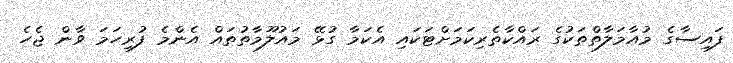
ފައިސާގެ މުއާމަލާތްތަކުގެ ރައްކާތެރިކަމަށްޓަކައި އެކަމާ ގުޅޭ މައުލޫމާތުތައް އެންމެ ފުރިހަމަ ވާން ޖެހެ